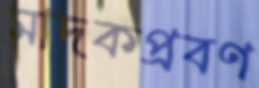
মাদকপ্রবণ